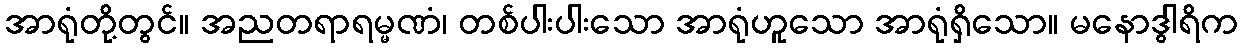
အာရုံတို့တွင်။ အညတရာရမ္မဏံ၊ တစ်ပါးပါးသော အာရုံဟူသော အာရုံရှိသော။ မနောဒွါရိက